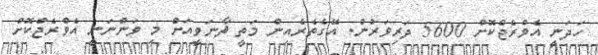
ހަދަނީ އެވްރެޖްކޮށް 5600 ދަރިވަރުން. އޭގެތެރެއިން މަތީ ޘާނަވީއަށް މި ވަންނަނީ އެވްރެޖްކޮށް